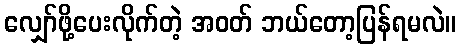
လျှော်ဖို့ပေးလိုက်တဲ့ အဝတ် ဘယ်တော့ပြန်ရမလဲ။